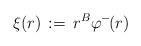
LaTeX: \begin{align*} \xi(r)\,:=\,r^B\varphi^-\!(r)\end{align*}